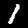
Label: 1